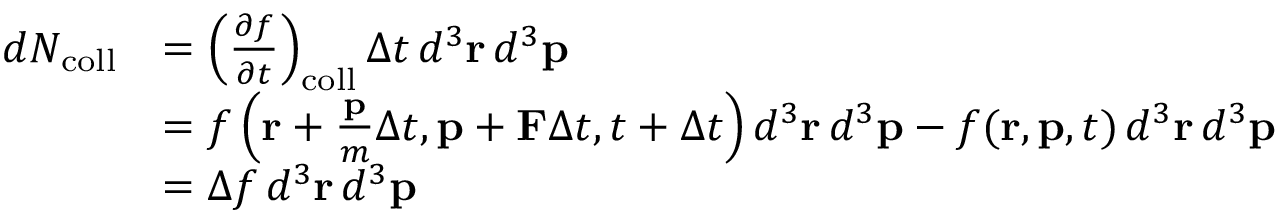
{ \begin{array} { r l } { d N _ { \mathrm { c o l l } } } & { = \left( { \frac { \partial f } { \partial t } } \right) _ { \mathrm { c o l l } } \Delta t \, d ^ { 3 } \mathbf { r } \, d ^ { 3 } \mathbf { p } } \\ & { = f \left( \mathbf { r } + { \frac { \mathbf { p } } { m } } \Delta t , \mathbf { p } + \mathbf { F } \Delta t , t + \Delta t \right) d ^ { 3 } \mathbf { r } \, d ^ { 3 } \mathbf { p } - f ( \mathbf { r } , \mathbf { p } , t ) \, d ^ { 3 } \mathbf { r } \, d ^ { 3 } \mathbf { p } } \\ & { = \Delta f \, d ^ { 3 } \mathbf { r } \, d ^ { 3 } \mathbf { p } } \end{array} }